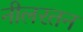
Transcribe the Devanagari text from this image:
नीलरतन